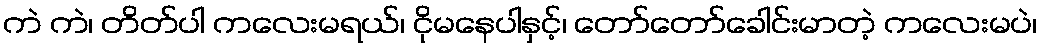
ကဲ ကဲ၊ တိတ်ပါ ကလေးမရယ်၊ ငိုမနေပါနှင့်၊ တော်တော်ခေါင်းမာတဲ့ ကလေးမပဲ၊